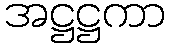
အဋ္ဌဋ္ဌကာ